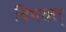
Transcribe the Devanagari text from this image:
विभक्त्